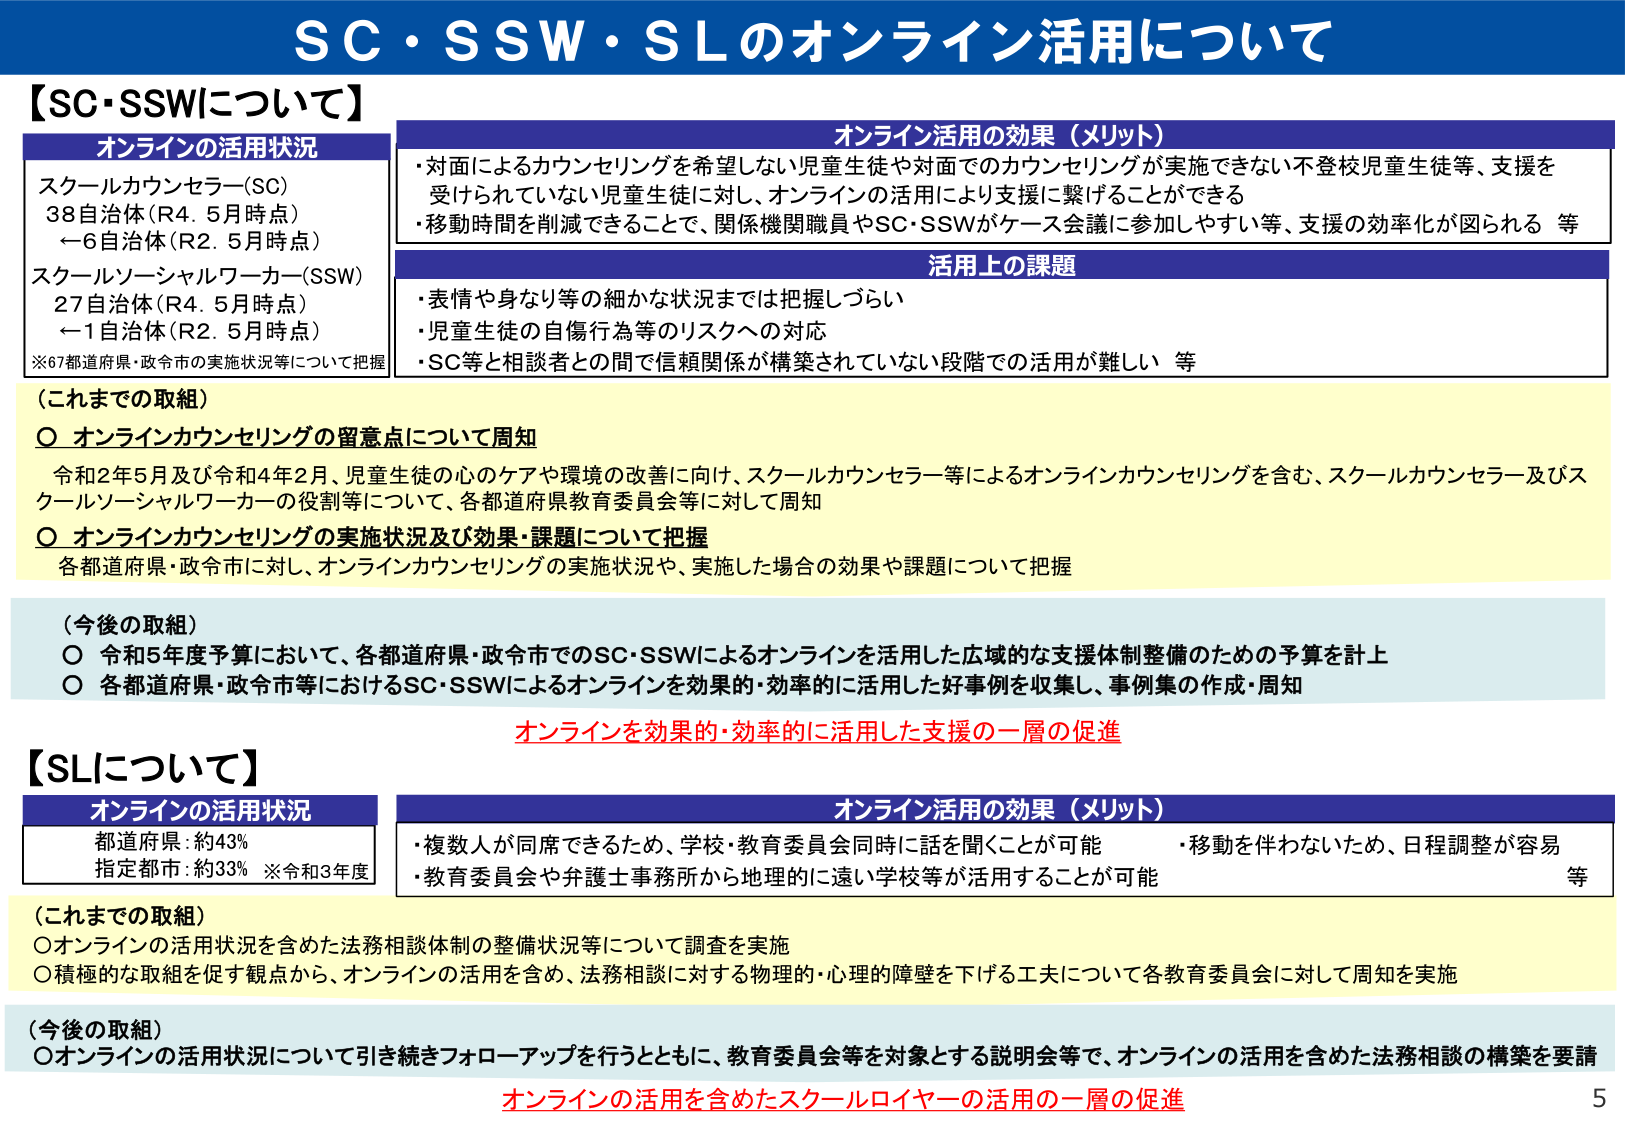
SC・SSW・SLのオンライン活用について

【SC・SSWについて】

オンラインの活用状況
スクールカウンセラー(SC)
38自治体(R4.5月時点)
→6自治体(R2.5月時点)
スクールソーシャルワーカー(SSW)
27自治体(R4.5月時点)
→1自治体(R2.5月時点)
※67都道府県・政令市の実施状況等について把握

オンライン活用の効果（メリット）
・対面によるカウンセリングを希望しない児童生徒や対面でのカウンセリングが実施できない不登校児童生徒等、支援を受けられていない児童生徒に対し、オンラインの活用により支援に繋げることができる
・移動時間を削減できることで、関係機関職員やSC・SSWがケース会議に参加しやすい等、支援の効率化が図られる 等

活用上の課題
・表情や身なり等の細かな状況までは把握しづらい
・児童生徒の自傷行為等のリスクへの対応
・SC等と相談者との間で信頼関係が構築されていない段階での活用が難しい 等

（これまでの取組）
○ オンラインカウンセリングの留意点について周知
令和2年5月及び令和4年2月、児童生徒の心のケアや環境の改善に向け、スクールカウンセラー等によるオンラインカウンセリングを含む、スクールカウンセラー及びスクールソーシャルワーカーの役割等について、各都道府県教育委員会等に対して周知
○ オンラインカウンセリングの実施状況及び効果・課題について把握
各都道府県・政令市に対し、オンラインカウンセリングの実施状況や、実施した場合の効果や課題について把握

（今後の取組）
○ 令和5年度予算において、各都道府県・政令市でのSC・SSWによるオンラインを活用した広域的な支援体制整備のための予算を計上
○ 各都道府県・政令市等におけるSC・SSWによるオンラインを効果的・効率的に活用した好事例を収集し、事例集の作成・周知

オンラインを効果的・効率的に活用した支援の一層の促進

【SLについて】

オンラインの活用状況
都道府県：約43%
指定都市：約33% ※令和3年度

オンライン活用の効果（メリット）
・複数人が同席できるため、学校・教育委員会同時に話を聞くことが可能
・教育委員会や弁護士事務所から地理的に遠い学校等が活用することが可能
・移動を伴わないため、日程調整が容易 等

（これまでの取組）
○オンラインの活用状況を含めた法務相談体制の整備状況等について調査を実施
○積極的な取組を促す観点から、オンラインの活用を含め、法務相談に対する物理的・心理的障壁を下げる工夫について各教育委員会に対して周知を実施

（今後の取組）
○オンラインの活用状況について引き続きフォローアップを行うとともに、教育委員会等を対象とする説明会等で、オンラインの活用を含めた法務相談の構築を要請

オンラインの活用を含めたスクールロイヤーの活用の一層の促進

5